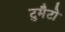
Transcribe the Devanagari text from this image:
टुमैटो